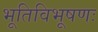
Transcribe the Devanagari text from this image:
भूतिविभूषणः